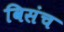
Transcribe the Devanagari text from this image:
विसंच